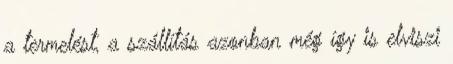
a termelést, a szállítás azonban még így is elviszi